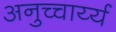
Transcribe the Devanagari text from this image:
अनुच्चार्य्य